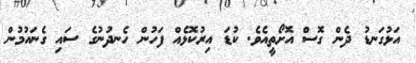
އަޅުގަނޑު ދެން ގޮސް އޮށޯތީއެވެ. ކުޑަ އިރުކޮޅެއް ފަހުން ހެނދުނުގެ ސައި ގެނައުމުން